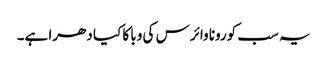
یہ سب کورونا وائرس کی وبا کا کیا دھرا ہے۔